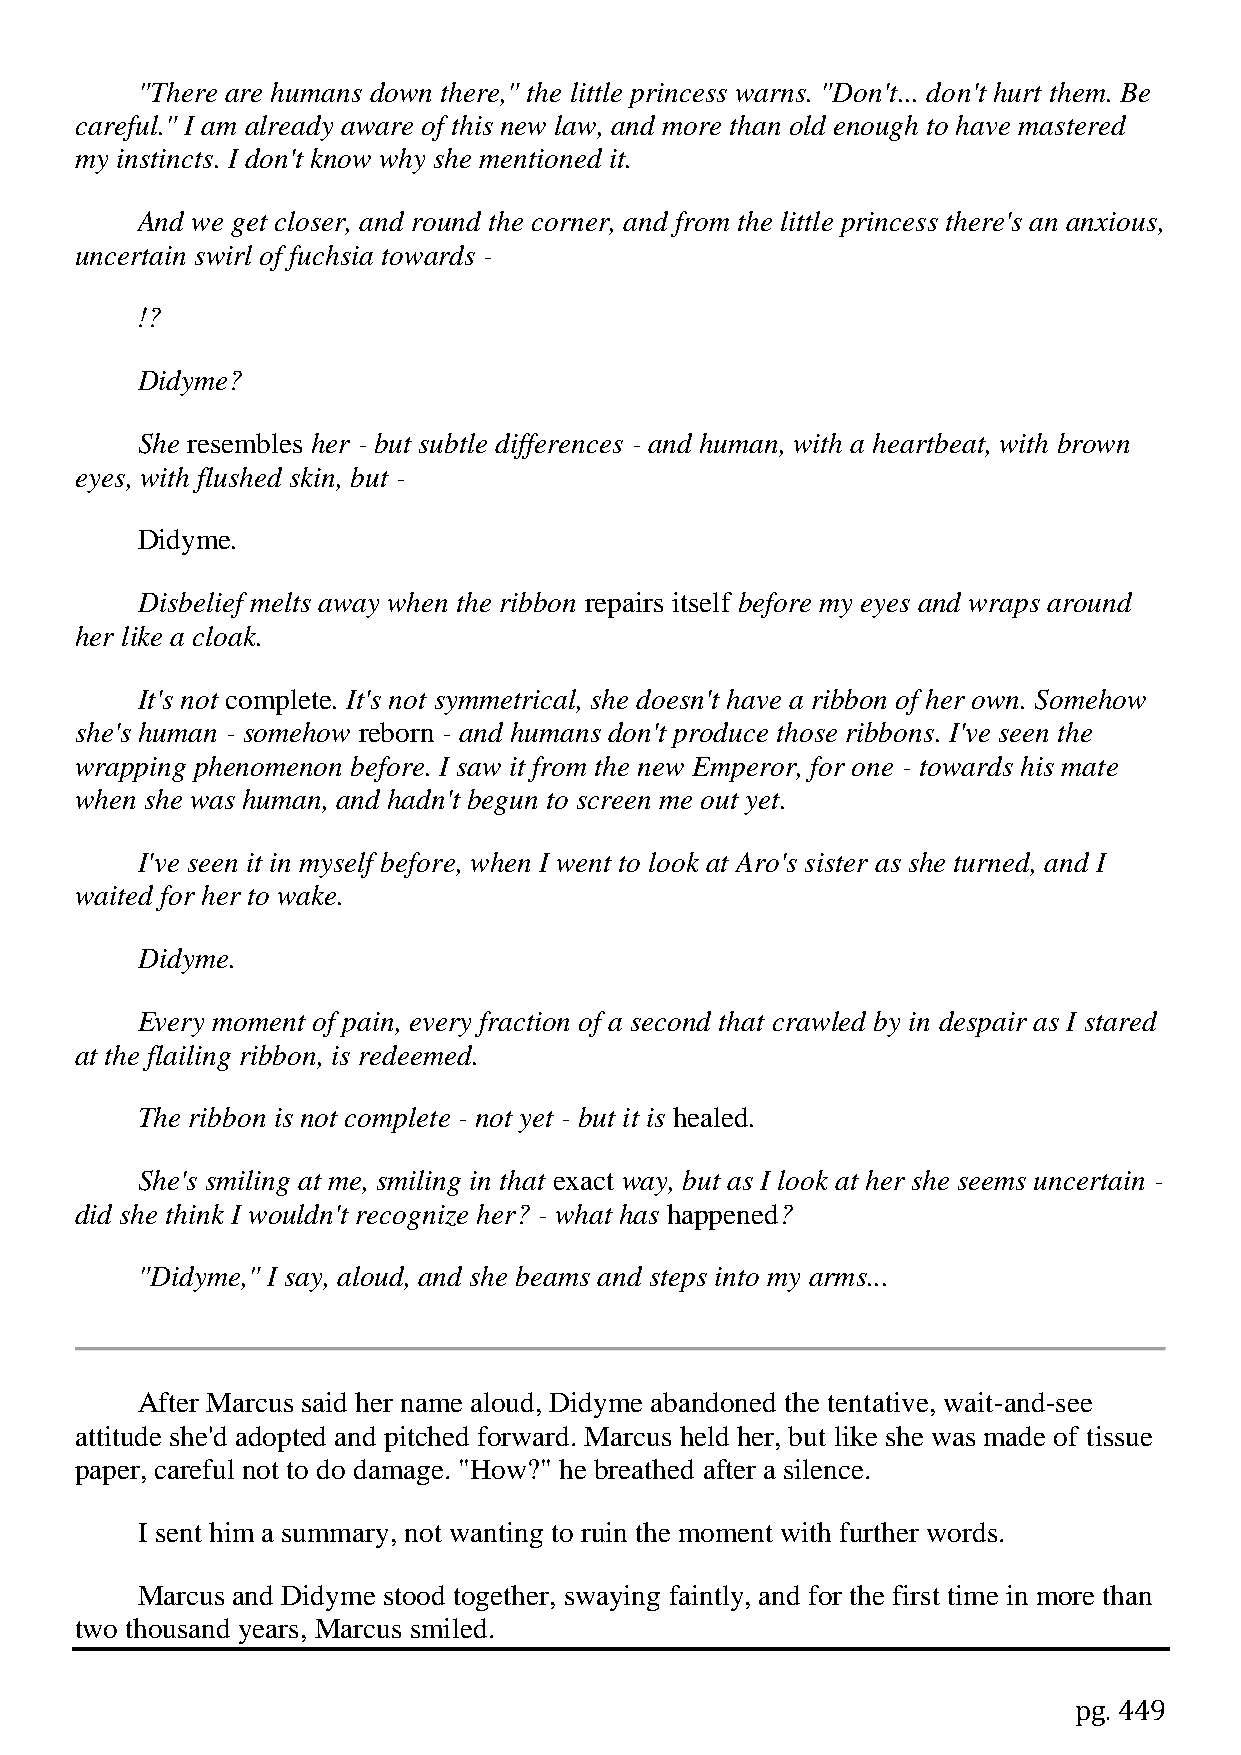
"There are humans down there," the little princess warns. "Don't... don't hurt them. Be
 careful." I am already aware of this new law, and more than old enough to have mastered
 my instincts. I don't know why she mentioned it.
 And we get closer, and round the corner, and from the little princess there's an anxious,
 uncertain swirl of fuchsia towards -
 !?
 Didyme?
 She resembles her - but subtle differences - and human, with a heartbeat, with brown
 eyes, with flushed skin, but -
 Didyme.
 Disbelief melts away when the ribbon repairs itself before my eyes and wraps around
 her like a cloak.
 It's not complete. It's not symmetrical, she doesn't have a ribbon of her own. Somehow
 she's human - somehow reborn - and humans don't produce those ribbons. I've seen the
 wrapping phenomenon before. I saw it from the new Emperor, for one - towards his mate
 when she was human, and hadn't begun to screen me out yet.
 I've seen it in myself before, when I went to look at Aro's sister as she turned, and I
 waited for her to wake.
 Didyme.
 Every moment of pain, every fraction of a second that crawled by in despair as I stared
 at the flailing ribbon, is redeemed.
 The ribbon is not complete - not yet - but it is healed.
 She's smiling at me, smiling in that exact way, but as I look at her she seems uncertain -
 did she think I wouldn't recognize her? - what has happened?
 "Didyme," I say, aloud, and she beams and steps into my arms...
 After Marcus said her name aloud, Didyme abandoned the tentative, wait-and-see
 attitude she'd adopted and pitched forward. Marcus held her, but like she was made of tissue
 paper, careful not to do damage. "How?" he breathed after a silence.
 I sent him a summary, not wanting to ruin the moment with further words.
 Marcus and Didyme stood together, swaying faintly, and for the first time in more than
 two thousand years, Marcus smiled.
 pg. 449